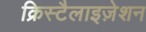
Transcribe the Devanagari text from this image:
क्रिस्टैलाइज़ेशन